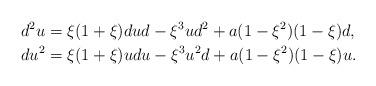
LaTeX: \begin{align*}d^2u&=\xi(1+\xi)dud-\xi^3 ud^2+a(1-\xi^2)(1-\xi)d,\\du^2&=\xi(1+\xi)udu-\xi^3 u^2d+a(1-\xi^2)(1-\xi) u.\end{align*}